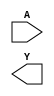
/**
 * Copyright 2020 The SkyWater PDK Authors
 *
 * Licensed under the Apache License, Version 2.0 (the "License");
 * you may not use this file except in compliance with the License.
 * You may obtain a copy of the License at
 *
 *     https://www.apache.org/licenses/LICENSE-2.0
 *
 * Unless required by applicable law or agreed to in writing, software
 * distributed under the License is distributed on an "AS IS" BASIS,
 * WITHOUT WARRANTIES OR CONDITIONS OF ANY KIND, either express or implied.
 * See the License for the specific language governing permissions and
 * limitations under the License.
 *
 * SPDX-License-Identifier: Apache-2.0
 */

`ifndef SKY130_FD_SC_MS__CLKDLYINV3SD1_SYMBOL_V
`define SKY130_FD_SC_MS__CLKDLYINV3SD1_SYMBOL_V

/**
 * clkdlyinv3sd1: Clock Delay Inverter 3-stage 0.15um length inner
 *                stage gate.
 *
 * Verilog stub (without power pins) for graphical symbol definition
 * generation.
 *
 * WARNING: This file is autogenerated, do not modify directly!
 */

`timescale 1ns / 1ps
`default_nettype none

(* blackbox *)
module sky130_fd_sc_ms__clkdlyinv3sd1 (
    //# {{data|Data Signals}}
    input  A,
    output Y
);

    // Voltage supply signals
    supply1 VPWR;
    supply0 VGND;
    supply1 VPB ;
    supply0 VNB ;

endmodule

`default_nettype wire
`endif  // SKY130_FD_SC_MS__CLKDLYINV3SD1_SYMBOL_V